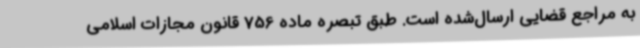
به مراجع قضایی ارسال‌شده است. طبق تبصره ماده 756 قانون مجازات اسلامی